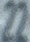
22